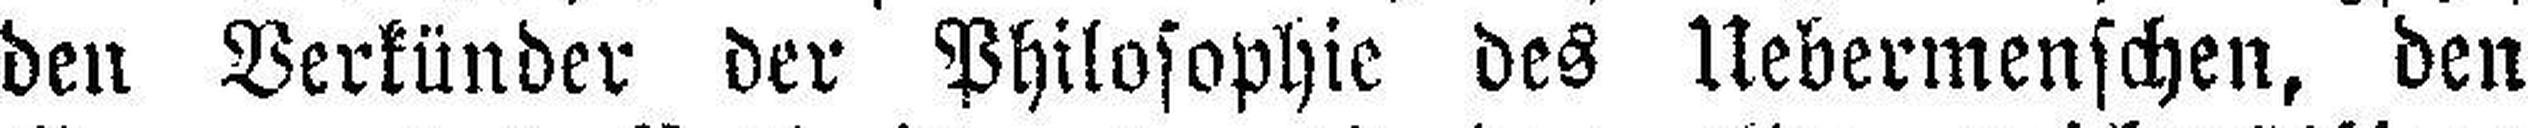
den Verkünder der Philosophie des Uebermenschen, den